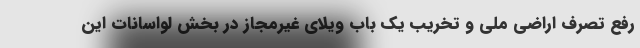
رفع تصرف اراضی ملی و تخریب یک باب ویلای غیرمجاز در بخش لواسانات این